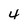
Character: 4